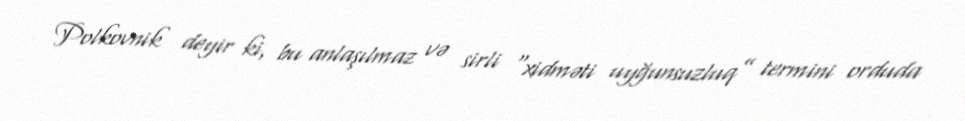
Polkovnik deyir ki, bu anlaşılmaz və sirli “xidməti uyğunsuzluq” termini orduda